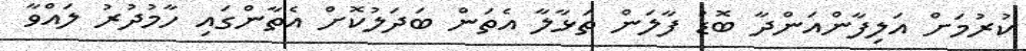
ކުރުމަށް އަލިފާންއަންދާ ބޮޑު ފާލަން ތަޅާލާ އެތަން ބަދަލުކޮށް އެތާންގައި ހާމުދުރު ލައްވާ